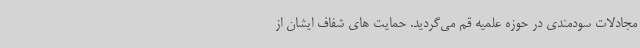
مجادلات سودمندی در حوزه علمیه قم می‌گردید. حمایت های شفاف ایشان از